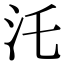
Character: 汑